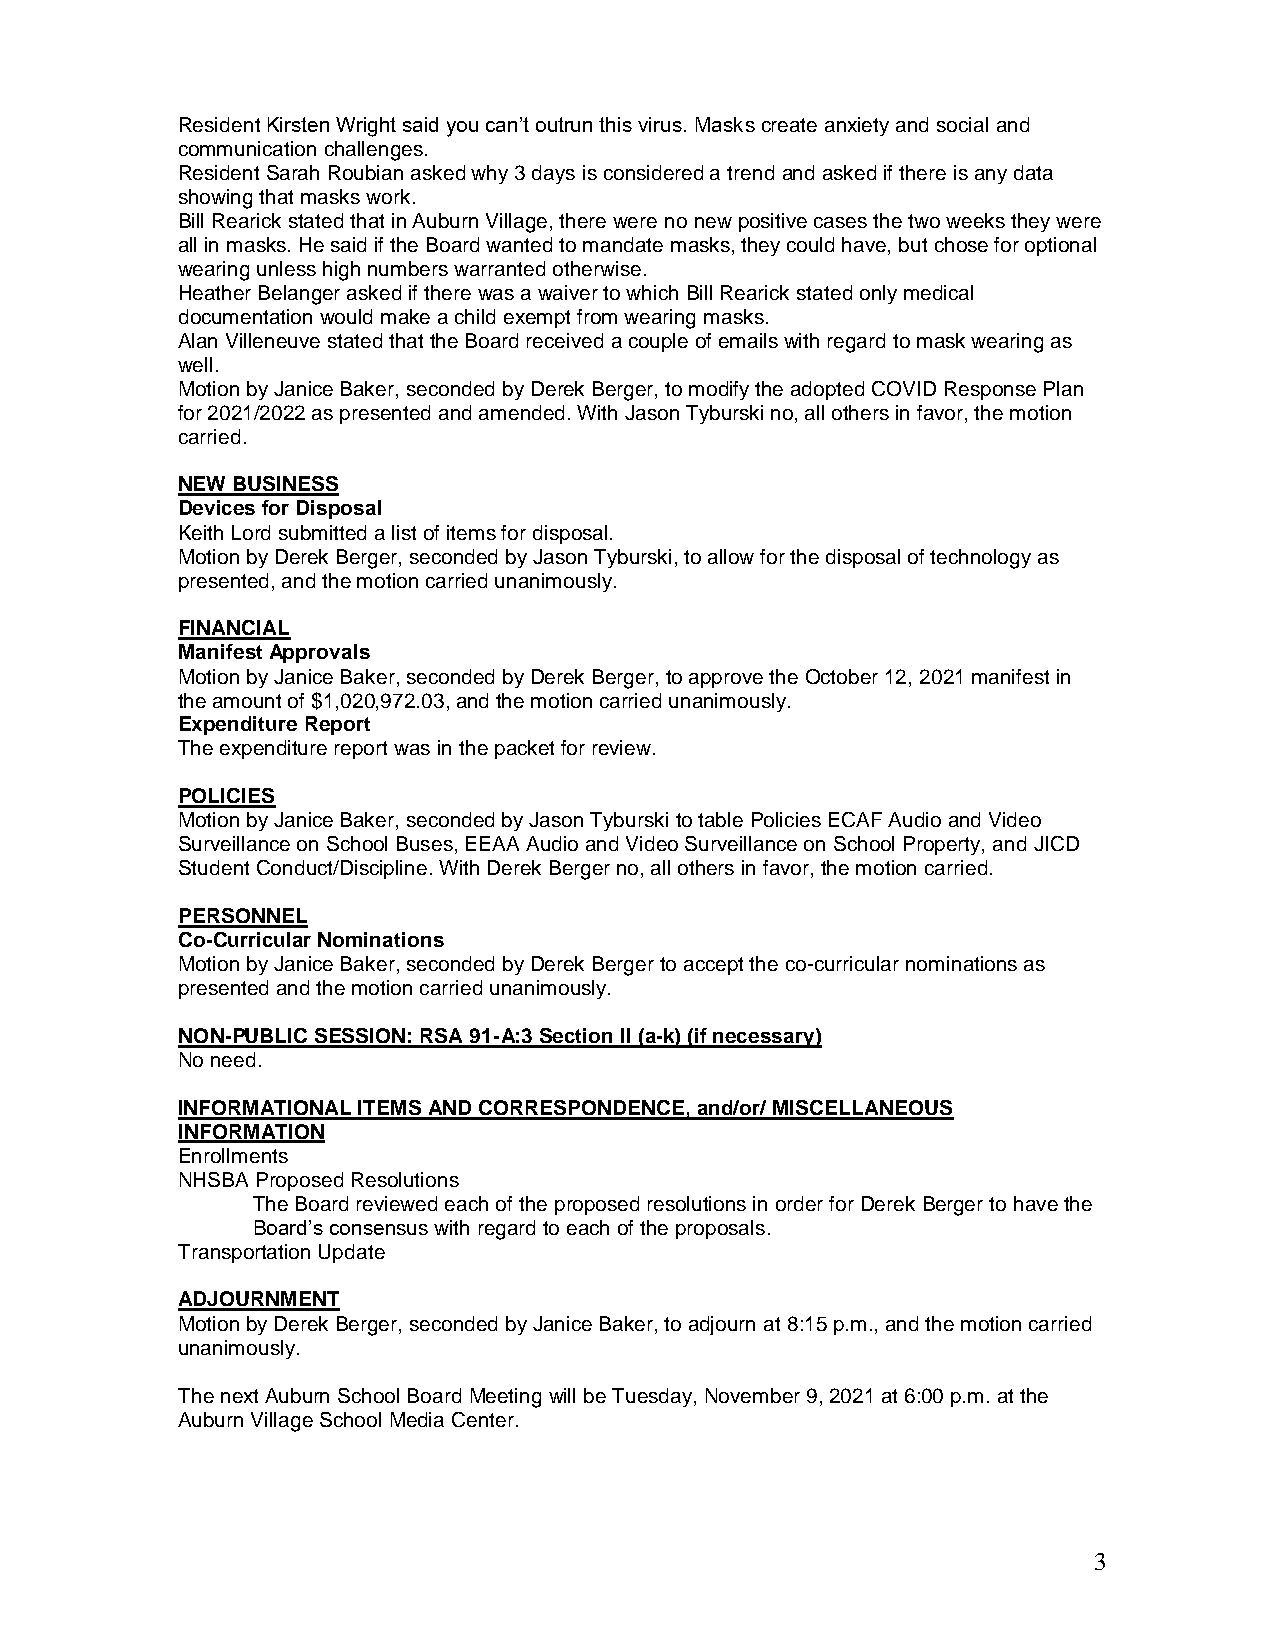
Resident Kirsten Wright said you can’t outrun this virus. Masks create anxiety and social and
 communication challenges.
 Resident Sarah Roubian asked why 3 days is considered a trend and asked if there is any data
 showing that masks work.
 Bill Rearick stated that in Auburn Village, there were no new positive cases the two weeks they were
 all in masks. He said if the Board wanted to mandate masks, they could have, but chose for optional
 wearing unless high numbers warranted otherwise.
 Heather Belanger asked if there was a waiver to which Bill Rearick stated only medical
 documentation would make a child exempt from wearing masks.
 Alan Villeneuve stated that the Board received a couple of emails with regard to mask wearing as
 well.
 Motion by Janice Baker, seconded by Derek Berger, to modify the adopted COVID Response Plan
 for 2021/2022 as presented and amended. With Jason Tyburski no, all others in favor, the motion
 carried.
 NEW BUSINESS
 Devices for Disposal
 Keith Lord submitted a list of items for disposal.
 Motion by Derek Berger, seconded by Jason Tyburski, to allow for the disposal of technology as
 presented, and the motion carried unanimously.
 FINANCIAL
 Manifest Approvals
 Motion by Janice Baker, seconded by Derek Berger, to approve the October 12, 2021 manifest in
 the amount of $1,020,972.03, and the motion carried unanimously.
 Expenditure Report
 The expenditure report was in the packet for review.
 POLICIES
 Motion by Janice Baker, seconded by Jason Tyburski to table Policies ECAF Audio and Video
 Surveillance on School Buses, EEAA Audio and Video Surveillance on School Property, and JICD
 Student Conduct/Discipline. With Derek Berger no, all others in favor, the motion carried.
 PERSONNEL
 Co-Curricular Nominations
 Motion by Janice Baker, seconded by Derek Berger to accept the co-curricular nominations as
 presented and the motion carried unanimously.
 NON-PUBLIC SESSION: RSA 91-A:3 Section ll (a-k) (if necessary)
 No need.
 INFORMATIONAL ITEMS AND CORRESPONDENCE, and/or/ MISCELLANEOUS
 INFORMATION
 Enrollments
 NHSBA Proposed Resolutions
 The Board reviewed each of the proposed resolutions in order for Derek Berger to have the
 Board’s consensus with regard to each of the proposals.
 Transportation Update
 ADJOURNMENT
 Motion by Derek Berger, seconded by Janice Baker, to adjourn at 8:15 p.m., and the motion carried
 unanimously.
 The next Auburn School Board Meeting will be Tuesday, November 9, 2021 at 6:00 p.m. at the
 Auburn Village School Media Center.
 3